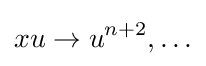
xu\to u^{n+2},\ldots